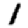
Digit: 1